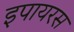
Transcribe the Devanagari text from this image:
इपायरस